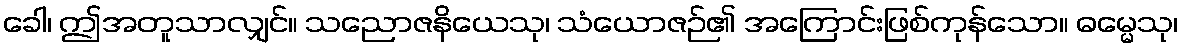
ခေါ၊ ဤအတူသာလျှင်။ သညောဇနိယေသု၊ သံယောဇဉ်၏ အကြောင်းဖြစ်ကုန်သော။ ဓမ္မေသု၊